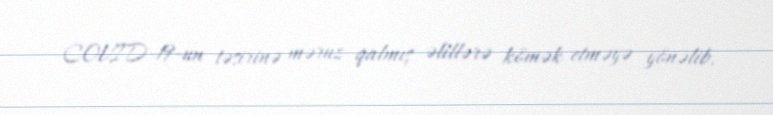
COVID-19-un təsirinə məruz qalmış əlillərə kömək etməyə yönəlib.